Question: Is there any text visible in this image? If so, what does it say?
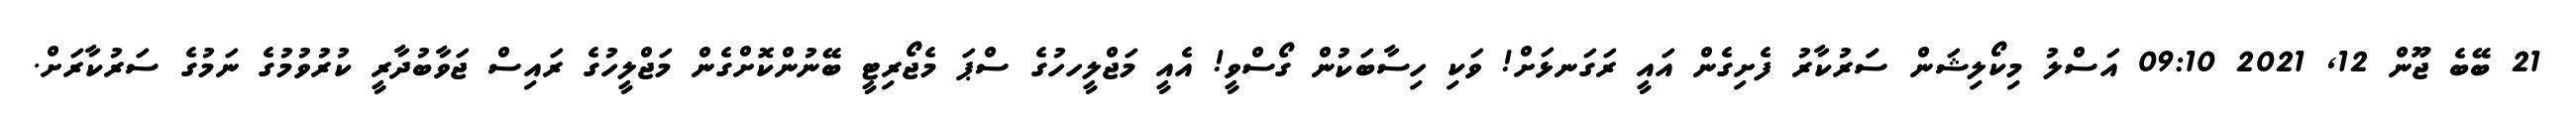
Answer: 21 ބޭބެ ޖޫން 12, 2021 09:10 އަސްލު މިކޯލިޝަން ސަަރުކާރު ފެށިގެން އައީ ރަގަނޅަށް! ވަކި ހިސާބަކުން ގޯސްވީ! އެއީ މަޖްލީހހުގެ ސްޕަ މެޖޯރިޓީ ބޭނުންކޮށްގެން މަޖްލީހުގެ ރައިސް ޖަވާބުދާރީ ކުރުވުމުގެ ނަމުގެ ސަރުކާރަށް.